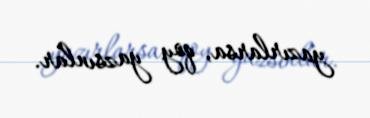
yazırlarsa, qoy yazsınlar.